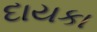
દાયકા